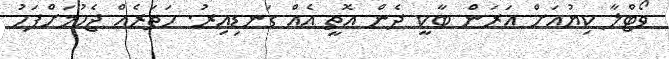
ވޯޓްލާ ކިޔުއަށް އަރަން ބާކީ ދެން އޮތީ އެއް ގަނޑިއިރު. ހަތަރެއް ޖެހުމަށްފަހު